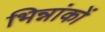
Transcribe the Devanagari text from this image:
भिन्नांकों